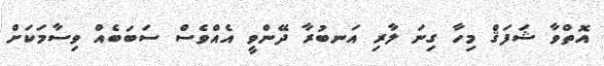
އޮތްވާ ޝަފަޤް މިހާ ގިނަ ލާރި އަނބުރާ ދޭންވީ އެއްވެސް ސަބަބެއް ވިސާމަކަށް